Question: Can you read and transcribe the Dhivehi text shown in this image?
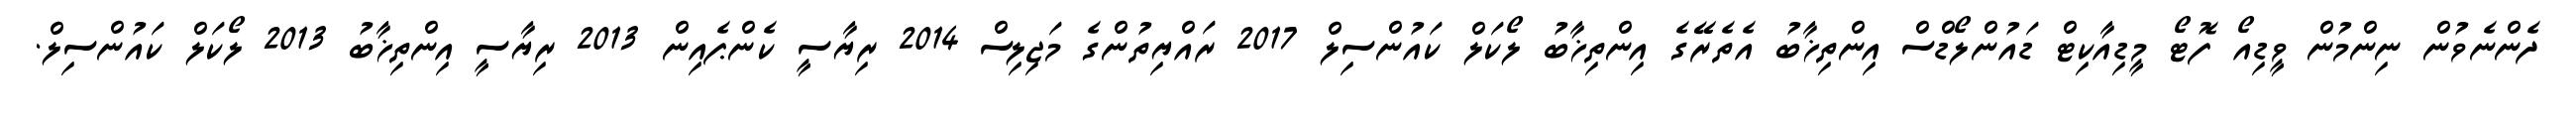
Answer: ދެންނެވުން ނިންމުން ވީޑިއޯ ފޮޓޯ މީޑިއާކިޓް ޑައުންލޯޑްސް އިންތިޚާބު އެތެރޭގެ އިންތިޚާބު ލޯކަލް ކައުންސިލް 2017 ރައްޔިތުންގެ މަޖިލިސް 2014 ރިޔާސީ ކެންޕެއިން 2013 ރިޔާސީ އިންތިޚާބު 2013 ލޯކަލް ކައުންސިލް.